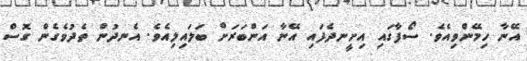
އޭނާ ހިމޭންވިއެވެ. ސޯފާގައި އިށީނދެފައި އޭނާ އަންބަރަށް ބަލައިލިއެވެ. އެނދުން ތެދުވެގެން ގޮސް